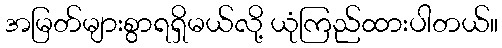
အမြတ်များစွာရရှိမယ်လို့ ယုံကြည်ထားပါတယ်။